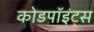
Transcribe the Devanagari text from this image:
कोडपॉइंट्स